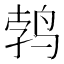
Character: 鹁